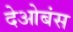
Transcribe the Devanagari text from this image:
देओबंस